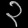
Digit: ၃